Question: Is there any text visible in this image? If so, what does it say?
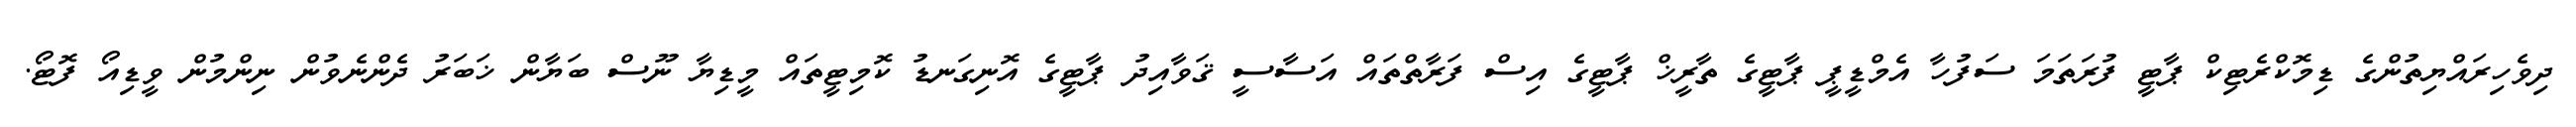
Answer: ދިވެހިރައްޔިތުންގެ ޑިމޮކްރެޓިކް ޕާޓީ ފުރަތަމަ ސަފުހާ އެމްޑީޕީ ޕާޓީގެ ތާރީޚް ޕާޓީގެ އިސް ފަރާތްތައް އަސާސީ ޤަވާއިދު ޕާޓީގެ އޮނިގަނޑު ކޮމިޓީތައް މީޑިޔާ ނޫސް ބަޔާން ޚަބަރު ދެންނެވުން ނިންމުން ވީޑިއޯ ފޮޓޯ.